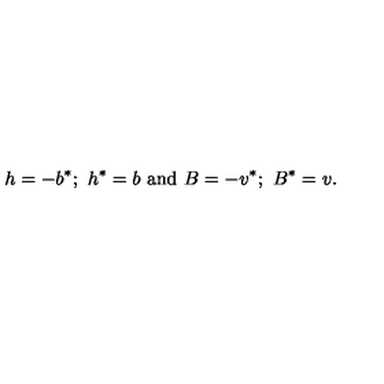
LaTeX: h = - b ^ { * } ; \ h ^ { * } = b \ \mathrm { a n d } \ B = - v ^ { * } ; \ B ^ { * } = v .